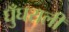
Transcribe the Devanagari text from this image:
घुँघराली